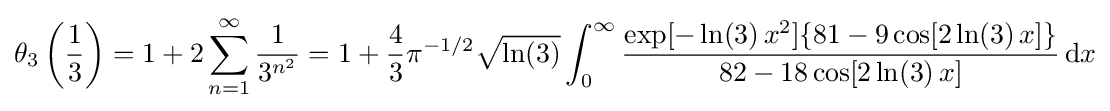
\theta _{3}\left({\frac {1}{3}}\right)=1+2\sum _{n=1}^{\infty }{\frac {1}{3^{n^{2}}}}=1+{\frac {4}{3}}\pi ^{-1/2}{\sqrt {\ln(3)}}\int _{0}^{\infty }{\frac {\exp[-\ln(3)\,x^{2}]\{81-9\cos[2\ln(3)\,x]\}}{82-18\cos[2\ln(3)\,x]}}\,\mathrm {d} x